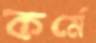
কর্মে